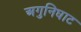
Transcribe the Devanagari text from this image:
अगुनिघाट